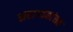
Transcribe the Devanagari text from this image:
सहाय्यकांसह